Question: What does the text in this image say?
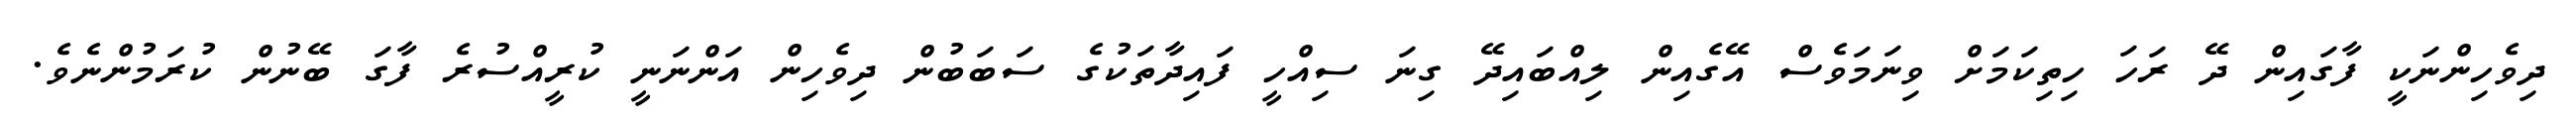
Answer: ދިވެހިންނަކީ ފާގައިން ދޭ ރަހަ ހިތިކަމަށް ވިނަމަވެސް އޭގެއިން ލިއްބައިދޭ ގިނަ ސިއްހީ ފައިދާތަކުގެ ސަބަބުން ދިވެހިން އަންނަނީ ކުރީއްސުރެ ފާގަ ބޭނުން ކުރަމުންނެވެ.